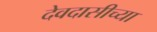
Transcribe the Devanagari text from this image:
देवदासीच्या